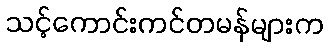
သင့်ကောင်းကင်တမန်များက